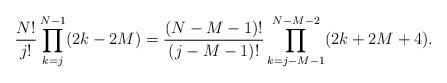
LaTeX: \begin{align*} \frac{N!}{j!}&\prod_{k=j}^{N-1}(2k-2M)=\frac{(N-M-1)!}{(j-M-1)!}\prod_{k=j-M-1}^{N-M-2}(2k+2M+4). \end{align*}